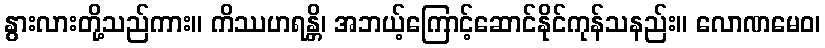
နွားလားတို့သည်ကား။ ကိဿဟရန္တိ၊ အဘယ့်ကြောင့်ဆောင်နိုင်ကုန်သနည်း။ လောဏမေဝ၊